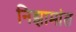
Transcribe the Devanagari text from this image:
निझामांत